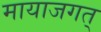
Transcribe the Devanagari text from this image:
मायाजगत्